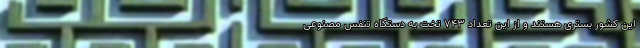
این کشور بستری هستند و از این تعداد ۷۴۳ تخت به دستگاه تنفس مصنوعی